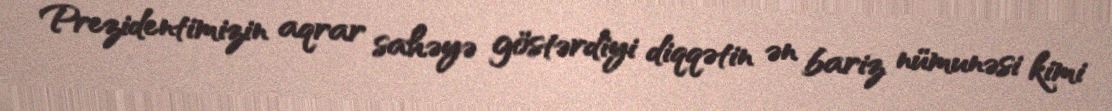
Prezidentimizin aqrar sahəyə göstərdiyi diqqətin ən bariz nümunəsi kimi